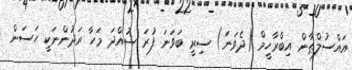
އައްސުލްޠާން އިބްރާހީމް (ދެވަނަ) ސިރީ ބަވަނަ ފުރަ ސުއްދަ މަހާ ރަދުންނަކީ ޙަސަން